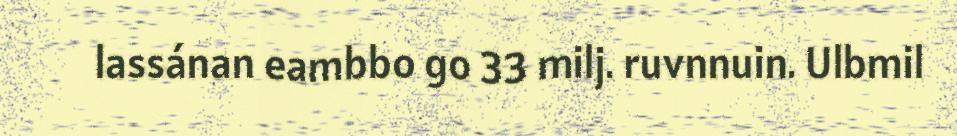
lassánan eambbo go 33 milj. ruvnnuin. Ulbmil